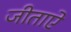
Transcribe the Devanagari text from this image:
जीताऐ